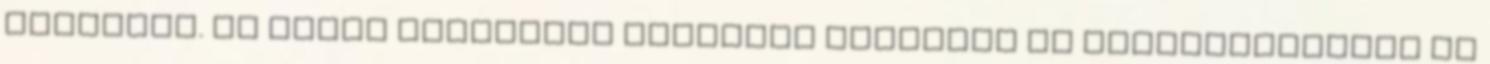
görbékre. Ha ismét csoportba szeretné foglalni az alkotógörbéket az